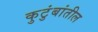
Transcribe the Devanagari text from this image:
कुटुंबांतील